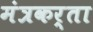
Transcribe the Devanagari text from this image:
मंत्रकर्ता